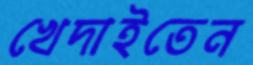
খেদাইতেন